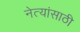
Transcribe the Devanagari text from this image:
नेत्यांसाठी